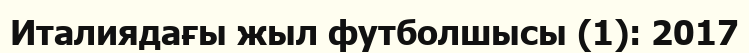
Италиядағы жыл футболшысы (1): 2017